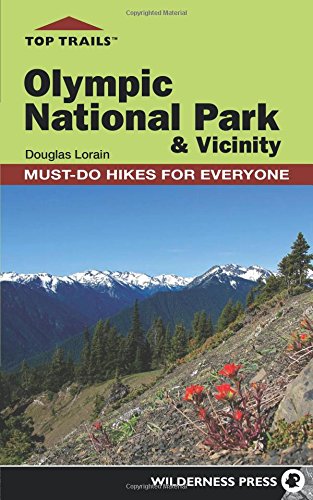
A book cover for Top Trails: Olympic National Park and Vicinity: Must-Do Hikes for Everyone (Top Trails: Must-Do Hikes); Douglas Lorain; Travel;